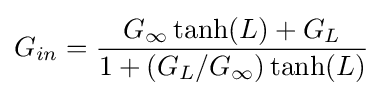
G_{in}={\frac {G_{\infty }\tanh(L)+G_{L}}{1+(G_{L}/G_{\infty })\tanh(L)}}